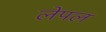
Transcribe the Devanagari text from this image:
लेपल